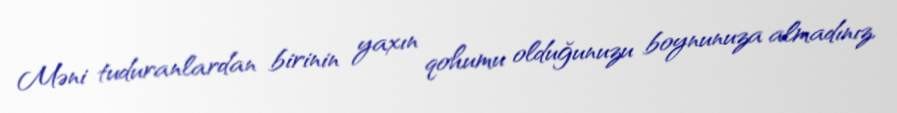
Məni tuduranlardan birinin yaxın qohumu olduğunuzu boynunuza almadınız,